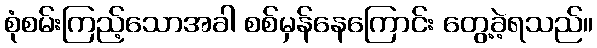
စုံစမ်းကြည့်သောအခါ စစ်မှန်နေကြောင်း တွေ့ခဲ့ရသည်။